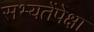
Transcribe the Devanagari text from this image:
सभ्यतेंपेक्षा